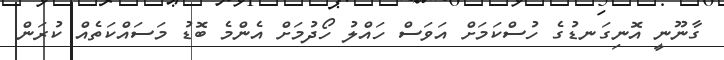
ގާނޫނީ އޮނިގަނޑުގެ ހުސްކަމަށް އަވަސް ހައްލު ހޯދުމަށް އެންމެ ބޮޑު މަސައްކަތެއް ކުރަން